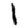
Digit: 1